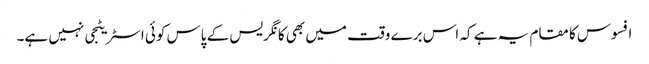
افسوس کا مقام یہ ہے کہ اس برے وقت میں بھی کانگریس کے پاس کوئی اسٹریٹجی نہیں ہے۔